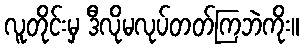
လူတိုင်းမှ ဒီလိုမလုပ်တတ်ကြဘဲကိုး။